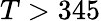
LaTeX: T>345